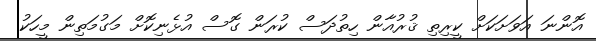
އޮންނަ އަވަށަކަށް ކީރިތި ޤުރުއާން ހިތުދަސް ކުރަން ގޮސް އުޅެނިކޮށް މަގުމަތިން މީހަކު